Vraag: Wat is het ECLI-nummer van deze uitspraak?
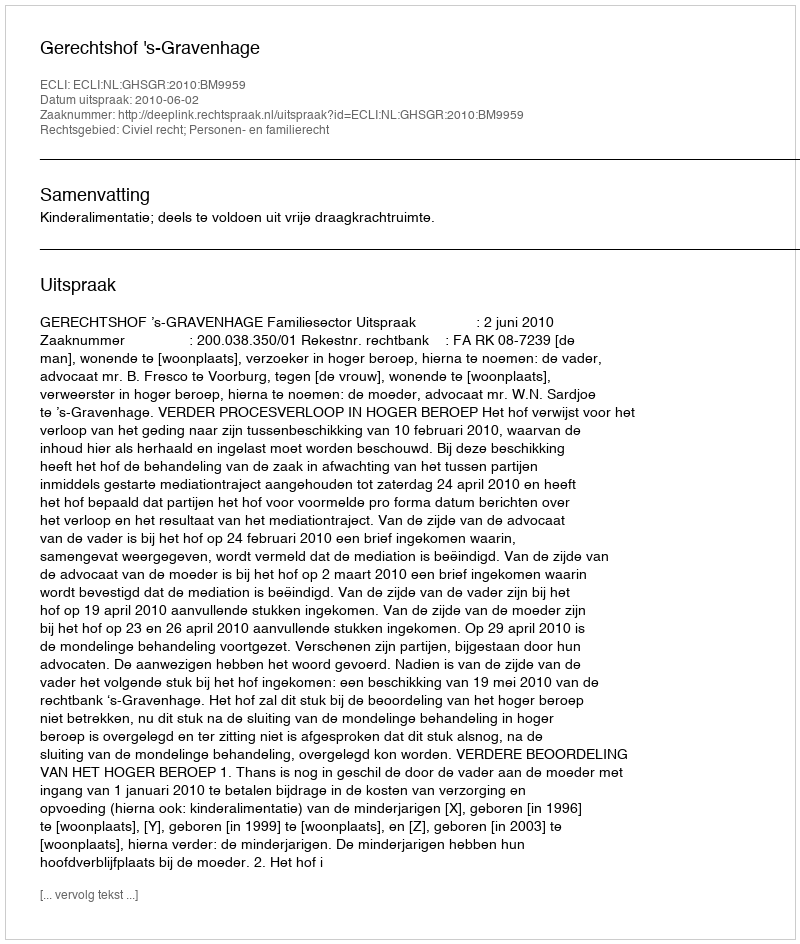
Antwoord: ECLI:NL:GHSGR:2010:BM9959